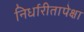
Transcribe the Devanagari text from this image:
निर्धारीतापेक्षा